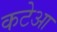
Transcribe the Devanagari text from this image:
कटेआ